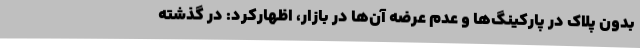
بدون پلاک در پارکینگ‌ها و عدم عرضه آن‌ها در بازار، اظهارکرد: در گذشته